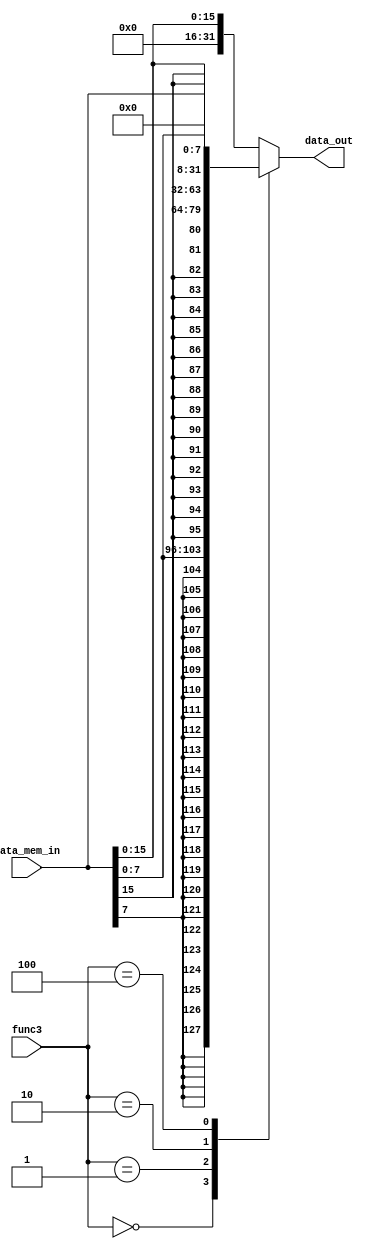
module Data_load_controller (
    func3,
    data_mem_in,
    data_out
);

input [2:0] func3;
input [31:0] data_mem_in;
output reg [31:0] data_out;
wire [31:0] lb,lbu,lh,lhu;

assign lb ={{24{data_mem_in[7]}},data_mem_in[7:0]};
assign lbu ={{24{1'b0}},data_mem_in[7:0]};
assign lh ={{16{data_mem_in[15]}},data_mem_in[15:0]};
assign lhu ={{16{1'b0}},data_mem_in[15:0]};


always @(*) begin
    case(func3)
        3'b000:begin
            data_out<=lb;
        end
        3'b001:begin
            data_out<=lh;
        end
        3'b010:begin
            data_out<=data_mem_in;
        end
        3'b100:begin
            data_out<=lbu;
        end
        default:begin
            data_out<=lhu;
        end
    endcase
end
    
endmodule